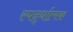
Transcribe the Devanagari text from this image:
स्पर्द्धात्मक